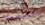
بالسيدة